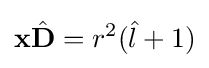
\mathbf {x} {\hat {\mathbf {D} }}=r^{2}({\hat {l}}+1)